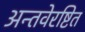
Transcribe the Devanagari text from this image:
अन्तवेरष्टित